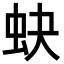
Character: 蚗